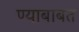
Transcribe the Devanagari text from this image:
ण्याबाबत